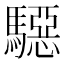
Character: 𱄲